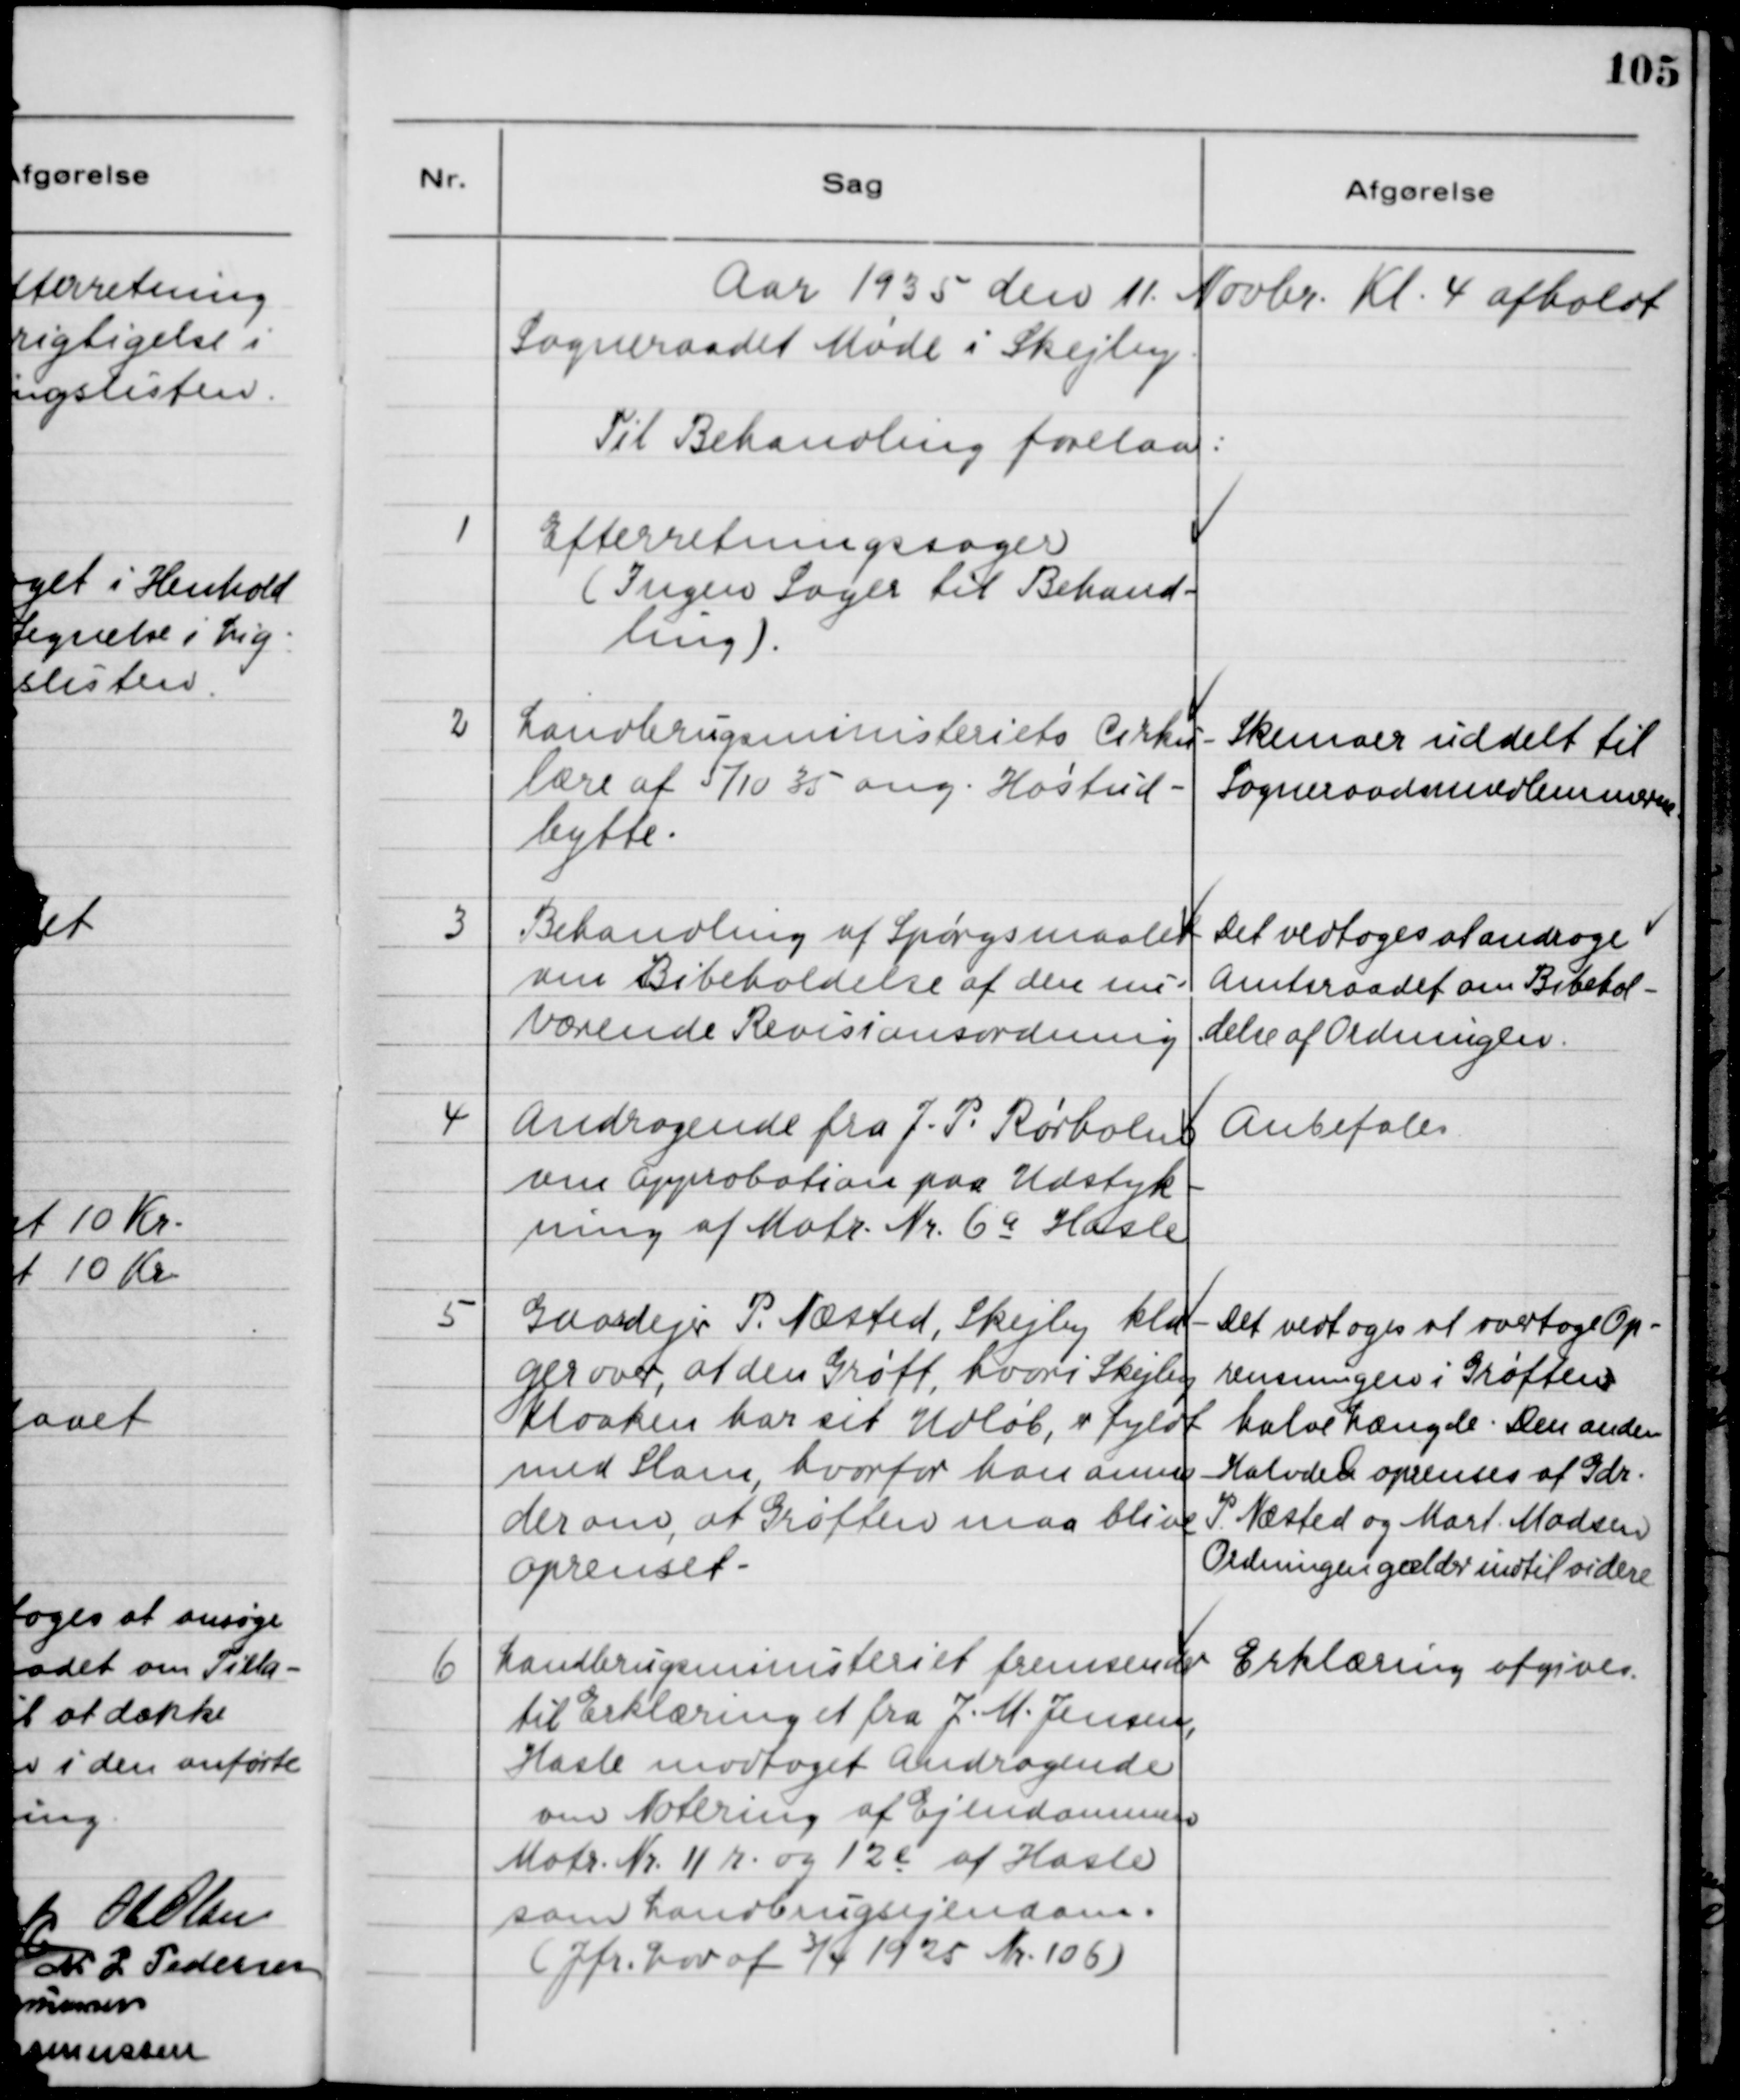
Transskription:
Aar 1935 den 11. Novbr. Kl. 4 afholdt
Sogneraadet Møde i Skejby:
Til Behandling forelaa:
1
Efterretningssager
(Ingen Sager til Behand-
ling).
2
Landbrugsministeriets Cirku-
lære af 5/10 35 ang. Høstud-
bytte.
Skemaer uddelt til
Sogneraadsmedlemmerne.
3
Behandling af Spørgsmaalet
om Bibeholdelse af den nu-
værende Revisionsordning.
Det vedtoges at andrage
Amtsraadet om Bibehol-
delse af Ordningen.
4
Andragende fra J. P. Rørholm
om Approbation paa Udstyk-
ning af Matr. Nr. 6a Halsle
Anbefales.
5
Gaardejer P. Næsted, Skejby kla-
ger over, at den Grøft hvori Skejlby
Kloaken har sit Udløb, er fyldt
med Slam, hvorfor han anmo-
der om, at Grøften maa blive
Oprenset.
Det vedtoges at overtage Op-
rensningen i Grøftens
halve længde. Den anden
Halvden oprenses at Gdr.
P. Næsted og Mart. Madsen
Ordningen gælder indtil videre
10
Landbrugsministeriet fremsender
til Erklæring et fra J. M. Jensen,
Hasle modtaget Andragende
om Notering af Ejendommen
Matr. Nr. 11r og 12e af Hasle
som Landbrugsejendom.
(Jfr. Lov af 3/4 1925 Nr. 106)
Erklæring afgives.